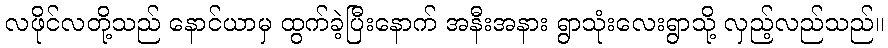
လဖိုင်လတို့သည် နောင်ယာမှ ထွက်ခဲ့ပြီးနောက် အနီးအနား ရွာသုံးလေးရွာသို့ လှည့်လည်သည်။